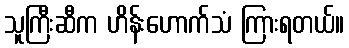
သူကြီးဆီက ဟိန်းဟောက်သံ ကြားရတယ်။